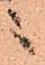
ニ